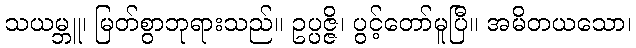
သယမ္ဘူ၊ မြတ်စွာဘုရားသည်။ ဥပ္ပဇ္ဇိ၊ ပွင့်တော်မူပြီ။ အမိတယသော၊